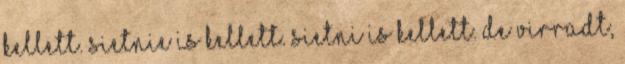
kellett. Sietnie is kellett. Sietni is kellett. De virradt,